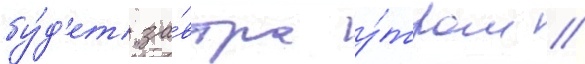
бу́д'ет за́втра у́тром //